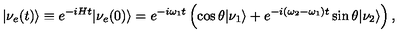
| \nu _ { e } ( t ) \rangle \equiv e ^ { - i H t } | \nu _ { e } ( 0 ) \rangle = e ^ { - i \omega _ { 1 } t } \left( \cos \theta | \nu _ { 1 } \rangle + e ^ { - i ( \omega _ { 2 } - \omega _ { 1 } ) t } \sin \theta | \nu _ { 2 } \rangle \right) ,